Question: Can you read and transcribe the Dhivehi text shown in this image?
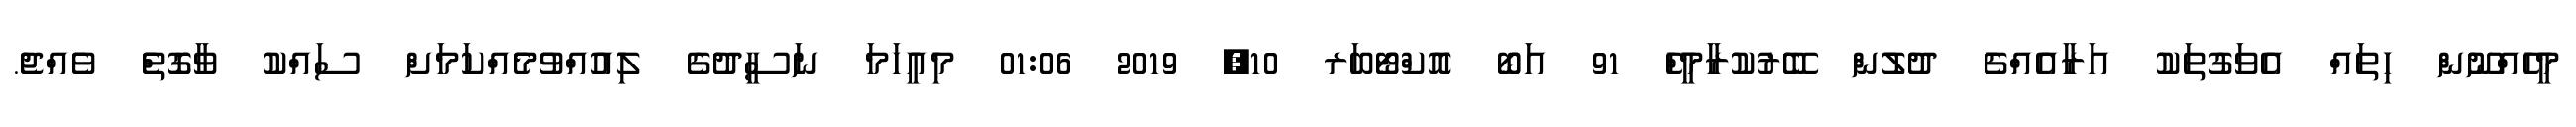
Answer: މީހެއްނޫން ހިތައް އެވަގުތަކު އަރާއެއްޗެ ދުލުން ބޭރުކުރާމީހެް 91 އަބޯ އޮކްޓޯބަރ 10, 2019 01:06 މިއީހަމަ ނަސީދުގެ ލިއުއްވުމެއްކަމަށް ސައްކު ވާގޮތެް ވެއްޖެ.